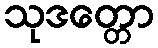
သုဒတ္တော